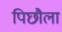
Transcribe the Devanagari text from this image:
पिछौला